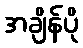
အချိန်ပို